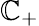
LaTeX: \mathbb{C}_{+}